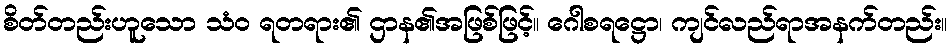
စိတ်တည်းဟူသော သံဝ ရတရား၏ ဌာန၏အဖြစ်ဖြင့်။ ဂေါစရဋ္ဌော၊ ကျင်လည်ရာအနက်တည်း။